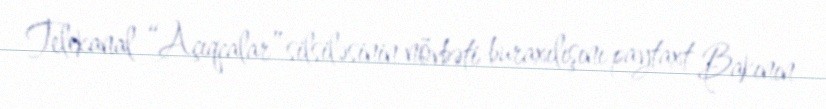
Telekanal “Açıqcalar” silsiləsinin növbəti buraxılışını paytaxt Bakının